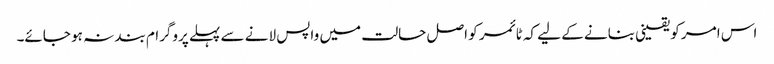
اس امر کو یقینی بنانے کے لیے کہ ٹائمر کو اصل حالت میں واپس لانے سے پہلے پروگرام بند نہ ہو جائے۔